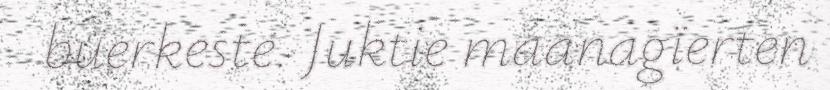
buerkeste. Juktie maanagïerten